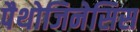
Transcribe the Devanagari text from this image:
पैथोजिनेसिस